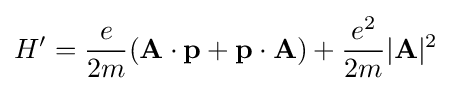
H'={\frac {e}{2m}}(\mathbf {A} \cdot \mathbf {p} +\mathbf {p} \cdot \mathbf {A} )+{\frac {e^{2}}{2m}}|\mathbf {A} |^{2}